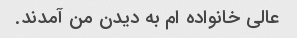
عالی خانواده ام به دیدن من آمدند.